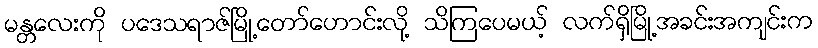
မန္တလေးကို ပဒေသရာဇ်မြို့တော်ဟောင်းလို့ သိကြပေမယ့် လက်ရှိမြို့အခင်းအကျင်းက